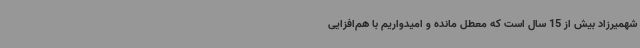
شهمیرزاد بیش از 15 سال است که معطل مانده و امیدواریم با هم‌افزایی